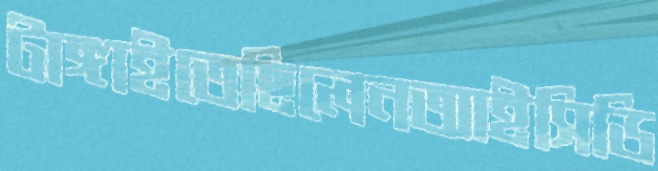
টাঙ্গাইতেছিলেনআইসিডি